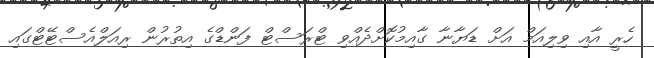
ހެރީ އާއި ވިލިއަމް އަށް ޑަޔާނާ ގާއިމުކޮށްދެއްވި ޓްރަސްޓް ފަންޑްގެ އިތުރުން ރިއަލްއެސްޓޭޓްގައި